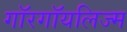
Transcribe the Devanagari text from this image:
गॉरगॉयलिज्म